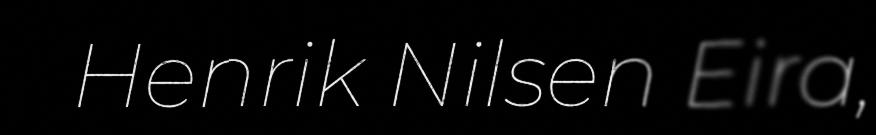
Henrik Nilsen Eira,